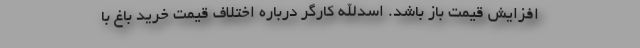
افزایش قیمت باز باشد. اسدالله کارگر درباره اختلاف قیمت خرید باغ با